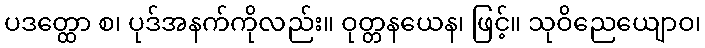
ပဒတ္ထော စ၊ ပုဒ်အနက်ကိုလည်း။ ဝုတ္တနယေန၊ ဖြင့်။ သုဝိညေယျောဝ၊